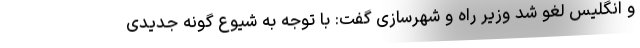
و انگلیس لغو شد وزیر راه و شهرسازی گفت: با توجه به شیوع گونه جدیدی